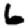
Digit: 6